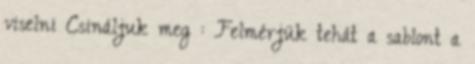
viselni Csináljuk meg : Felmérjük tehát a sablont a